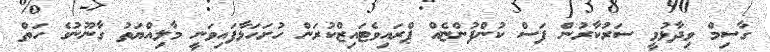
ގާސިމް ވިދާޅުވީ ސަރުކާރުން ފަސް ކުންފުންޏެއް ޕްރައިވެޓައިޒްކުރަން ހުށަހަޅާފައިވަނީ މާލިއްޔަތު ގާނޫނުގެ ހަތް